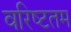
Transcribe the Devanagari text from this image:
वरिष्‍टतम